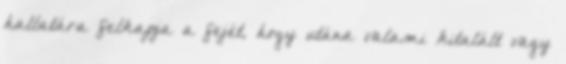
hallatára felkapja a fejét, hogy utána valami kitalált vagy